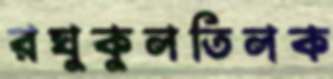
রঘুকুলতিলক